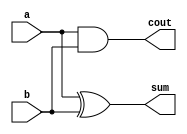
`timescale 1ns / 1ps
//////////////////////////////////////////////////////////////////////////////////
// Company: 
// Engineer: 
// 
// Design Name: 
// Module Name:    HA 
// Project Name: 
// Target Devices: 
// Tool versions: 
// Description: 
//
// Dependencies: 
//
// Revision: 
// Revision 0.01 - File Created
// Additional Comments: 
//
//////////////////////////////////////////////////////////////////////////////////
module HA(a,b,sum,cout);
	
	input a,b;
	output sum,cout;
	
	wire sum,cout;
	
	assign sum = a^b;
	assign cout = a&b;
	
endmodule